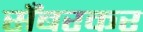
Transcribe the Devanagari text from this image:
सँबरकर